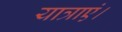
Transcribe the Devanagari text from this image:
यात्राएं।